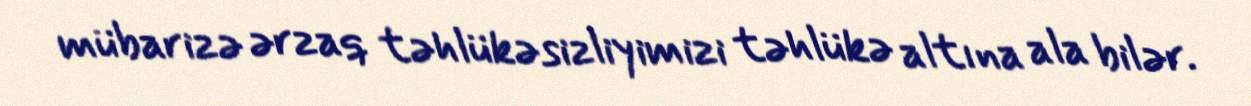
mübarizə ərzaq təhlükəsizliyimizi təhlükə altına ala bilər.